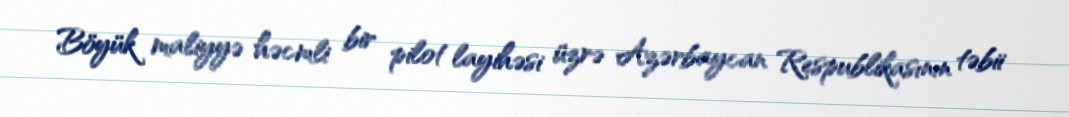
Böyük maliyyə həcmli bir pilot layihəsi üzrə Azərbaycan Respublikasının təbii